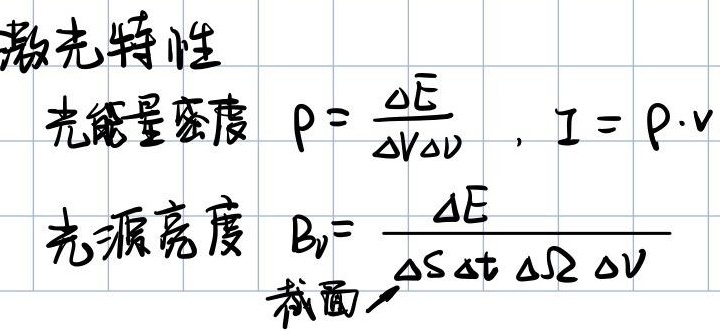
激光特性
光能量密度 \(\rho = \frac{\Delta E}{\Delta V\Delta\nu}\)，\(I = \rho\cdot v\)
光源亮度 \(B_{\nu}= \frac{\Delta E}{\Delta S\Delta t\Delta\Omega\Delta\nu}\)
截面→